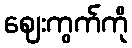
ဈေးကွက်ကို